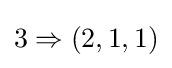
3\Rightarrow (2,1,1)